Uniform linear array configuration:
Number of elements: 32
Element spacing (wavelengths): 0.5
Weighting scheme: uniform
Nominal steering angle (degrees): -30
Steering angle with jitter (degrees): -31.357
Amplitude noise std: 0.05
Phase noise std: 0.05

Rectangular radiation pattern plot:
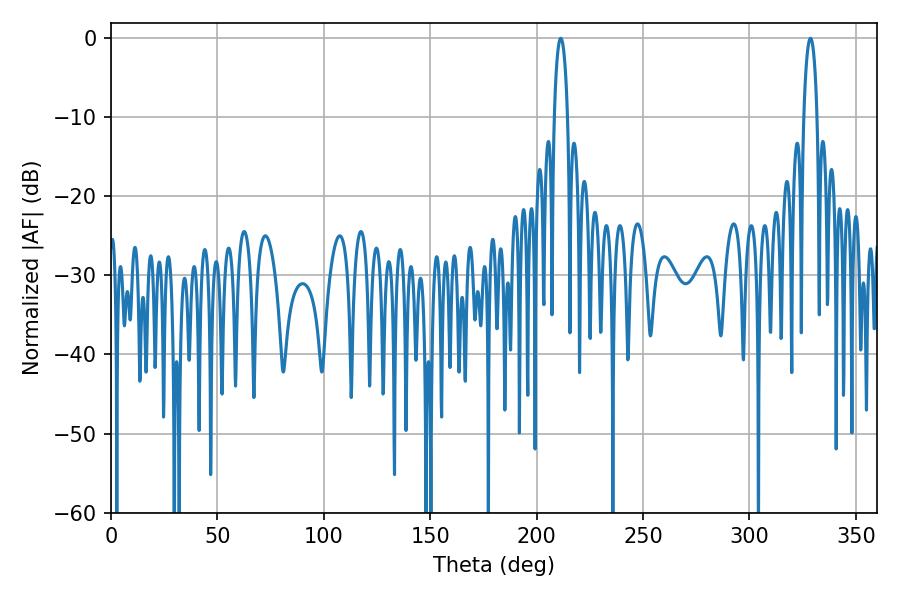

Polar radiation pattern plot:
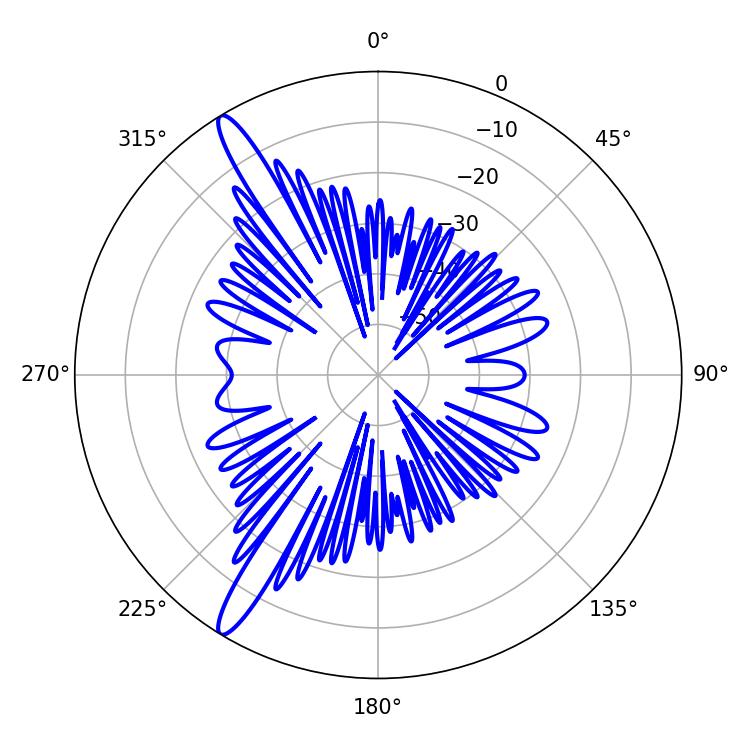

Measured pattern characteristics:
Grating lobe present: FALSE
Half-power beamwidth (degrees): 3.6
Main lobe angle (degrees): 211.32